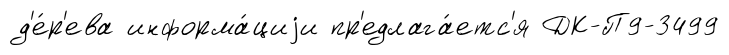
д'е́р'ева информа́циjи пр'едлага́етс'я ДК-П9-3499